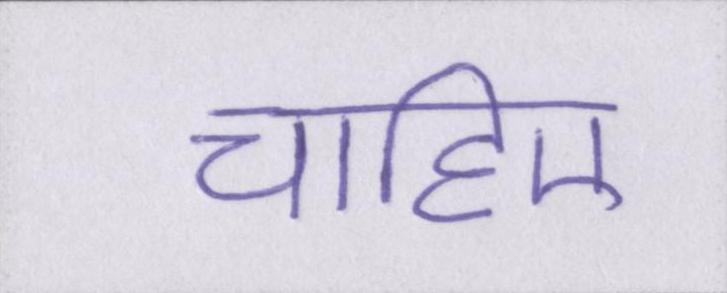
चाहिए